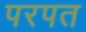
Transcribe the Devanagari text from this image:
परपत